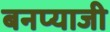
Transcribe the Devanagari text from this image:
बनप्याजी